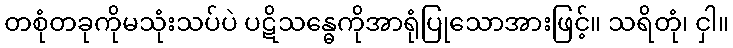
တစုံတခုကိုမသုံးသပ်ပဲ ပဋိသန္ဓေကိုအာရုံပြုသောအားဖြင့်။ သရိတုံ၊ ငှါ။